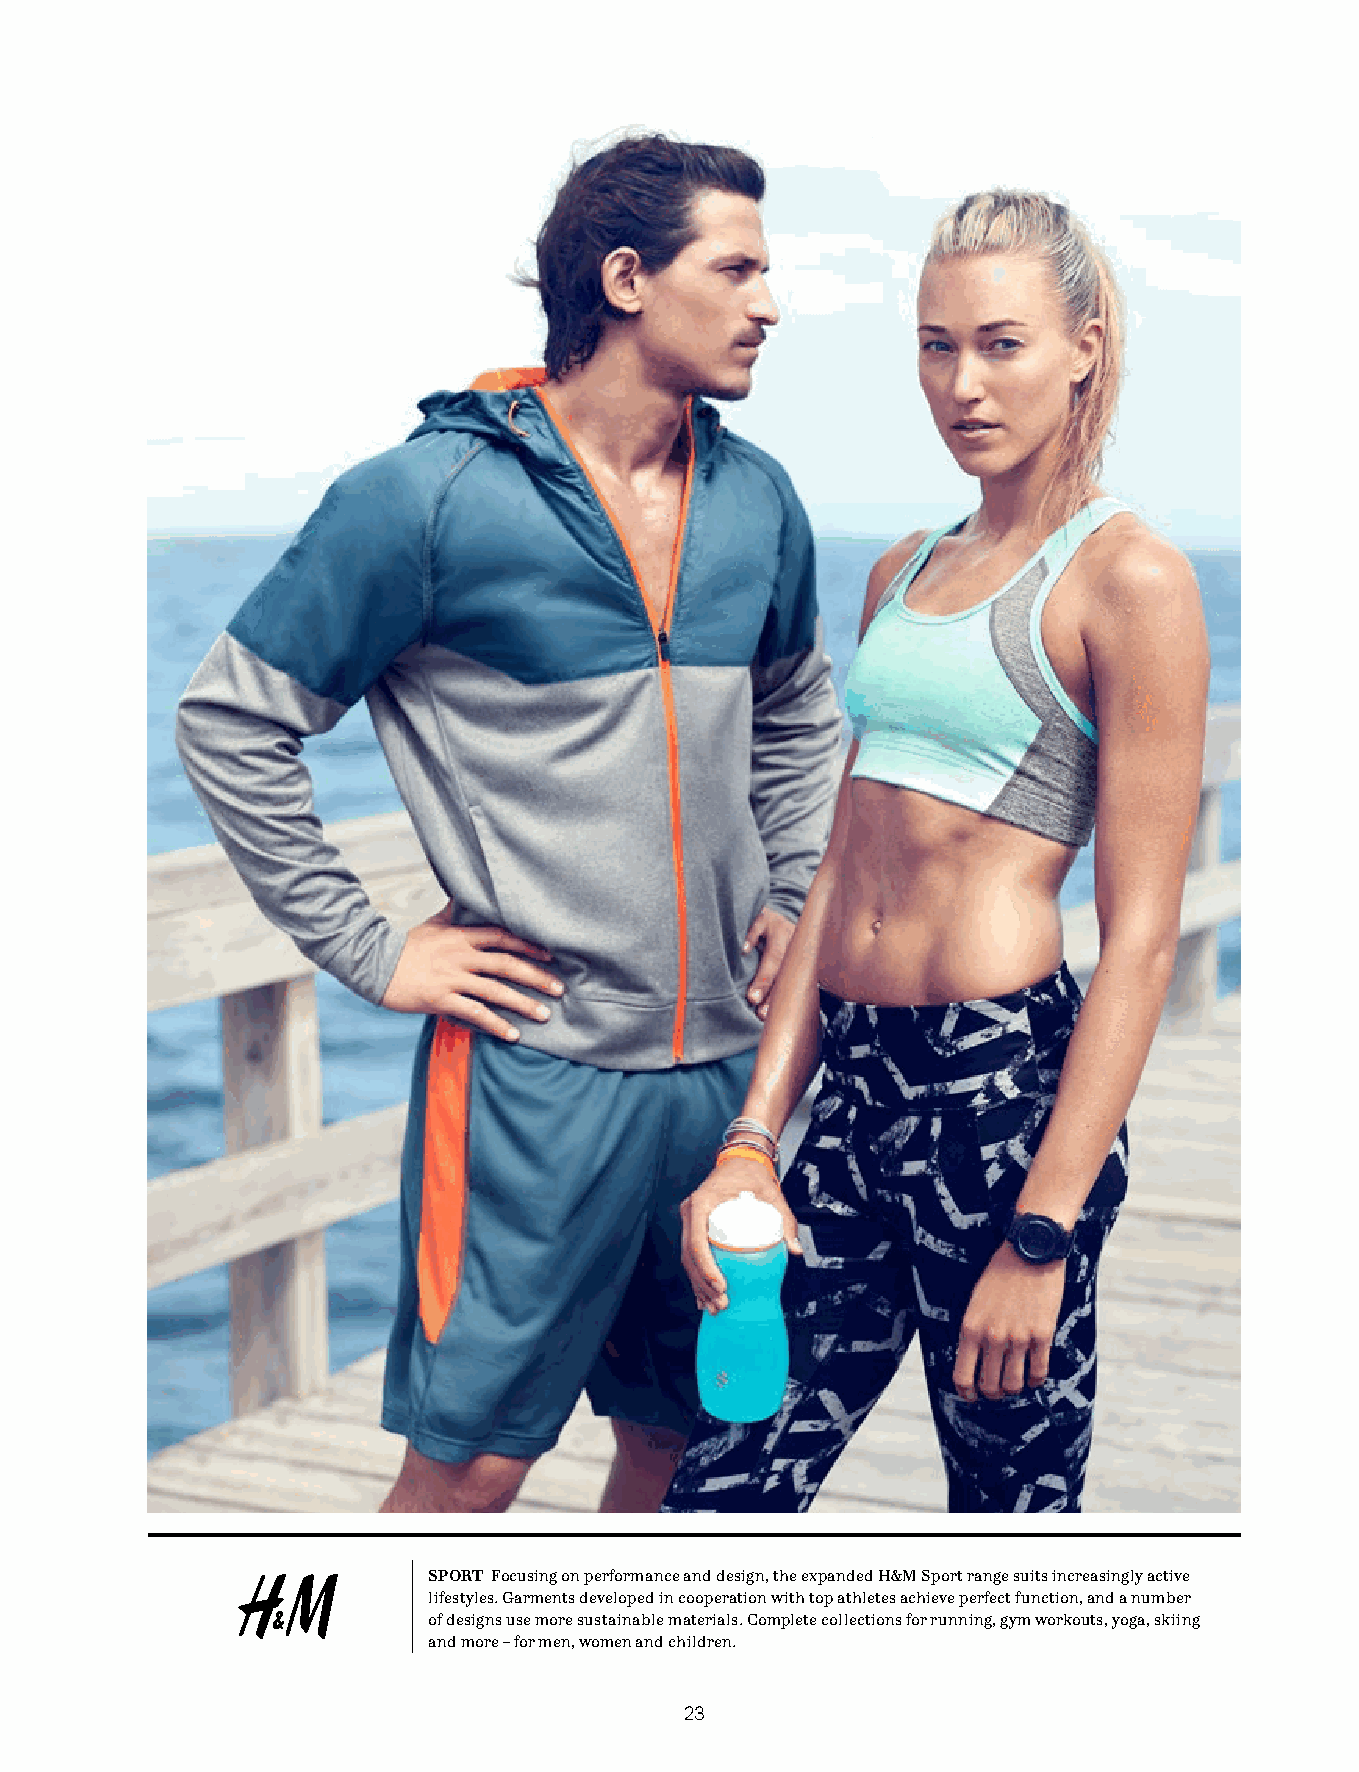
SPORT Focusing on performance and design, the expanded H&M Sport range suits increasingly active
 lifestyles. Garments developed in cooperation with top athletes achieve perfect function, and a number
 of designs use more sustainable materials. Complete collections for running, gym workouts, yoga, skiing
 and more – for men, women and children.
 23